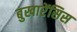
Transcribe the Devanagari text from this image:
बुखारेंसिस